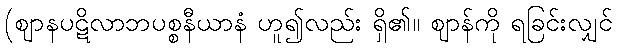
(ဈာနပဋိလာဘပစ္စနီယာနံ ဟူ၍လည်း ရှိ၏။ ဈာန်ကို ရခြင်းလျှင်